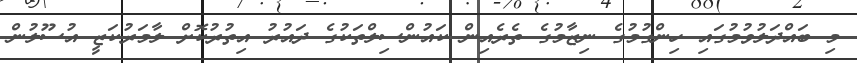
މި ބައްދަލުވުމުގައި ހިންގުމުގެ ނިޒާމުގެ ތެރެއިން ކައުންސިލްތަކުގެ ދައުރު އިތުރުކޮށް ލާމަރުކަޒީ އުސޫލުން